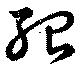
殆